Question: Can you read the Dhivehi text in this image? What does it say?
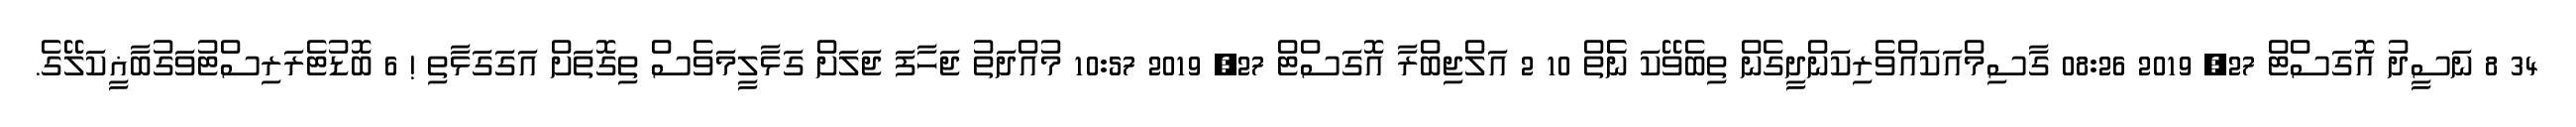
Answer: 34 8 ނަސީދު އޮގަސްޓް 27, 2019 08:26 ގާސިމްއަކައްވެރިކަންދީގެން ތިބެވޭކަ ނެެތް 10 2 އަލްޖިބްރާ އޮގަސްޓް 27, 2019 10:57 މުއްދަތު ޖަހާފަ ޖަލަށް ގަޅާލީމަވެސް ތިގޮތަށް އަގަގަޅާތި ! 6 ބޮޑުޓެރަރިސްޓުވަގުބާޣީކަލޭގެ.